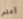
أعلم